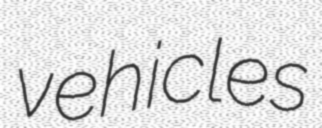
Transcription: vehicles